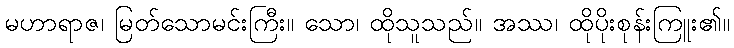
မဟာရာဇ၊ မြတ်သောမင်းကြီး။ သော၊ ထိုသူသည်။ အဿ၊ ထိုပိုးစုန်းကြူး၏။